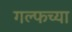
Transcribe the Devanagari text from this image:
गल्फच्या